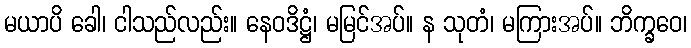
မယာပိ ခေါ၊ ငါသည်လည်း။ နေဝဒိဋ္ဌံ၊ မမြင်အပ်။ န သုတံ၊ မကြားအပ်။ ဘိက္ခဝေ၊